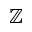
\mathbb { Z }